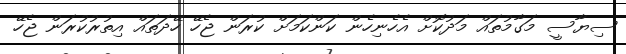
ސިޔާސީ މަގާމުތައް މަދުކޮށް އެހެނިހެން ކަންކަމަށް ކުރަން ޖެހޭ ހޭދަތައް އިތުރުކުރަން ޖެހޭ